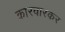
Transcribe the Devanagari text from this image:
कारवारकर